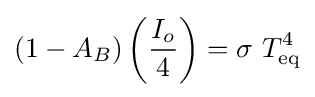
(1-A_{B})\left({\frac {I_{o}}{4}}\right)=\sigma \ T_{\rm {eq}}^{4}